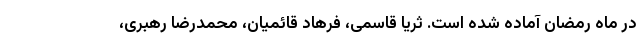
در ماه رمضان آماده شده است. ثریا قاسمی، فرهاد قائمیان، محمدرضا رهبری،